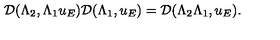
\mathcal { D } ( { \Lambda } _ { 2 } , { \Lambda } _ { 1 } u _ { E } ) \mathcal { D } ( { \Lambda } _ { 1 } , u _ { E } ) = \mathcal { D } ( { \Lambda } _ { 2 } { \Lambda } _ { 1 } , u _ { E } ) .